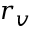
\boldsymbol { r } _ { v }